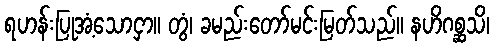
ရဟန်းပြုအံ့သောငှာ။ တွံ၊ ခမည်းတော်မင်းမြတ်သည်။ နဟိဂစ္ဆသိ၊